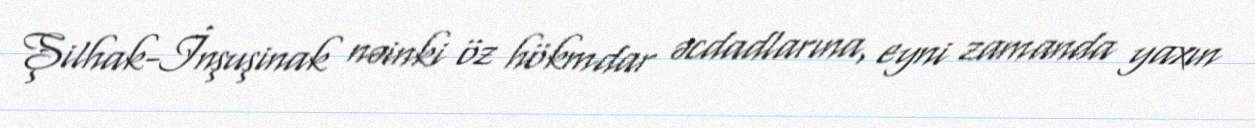
Şilhak-İnşuşinak nəinki öz hökmdar əcdadlarına, eyni zamanda yaxın